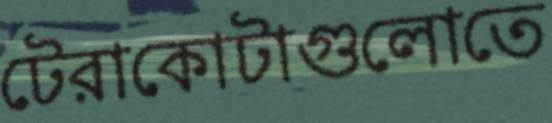
টেরাকোটাগুলোতে